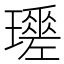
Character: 𤪩